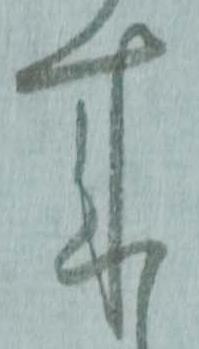
来